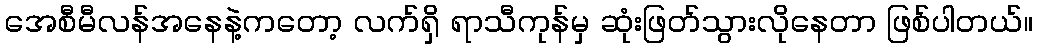
အေစီမီလန်အနေနဲ့ကတော့ လက်ရှိ ရာသီကုန်မှ ဆုံးဖြတ်သွားလိုနေတာ ဖြစ်ပါတယ်။